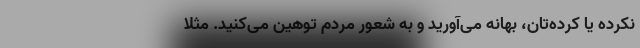
نکرده یا کرده‌تان، بهانه می‌آورید و به شعور مردم توهین می‌کنید. مثلا